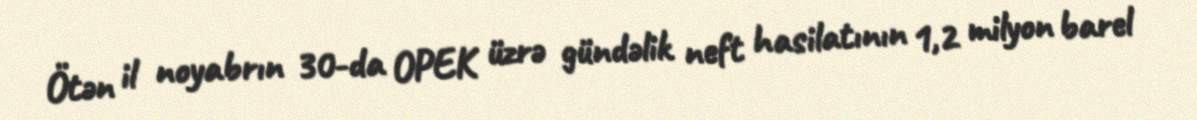
Ötən il noyabrın 30-da OPEK üzrə gündəlik neft hasilatının 1,2 milyon barel